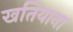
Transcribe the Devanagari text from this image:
खतियाना